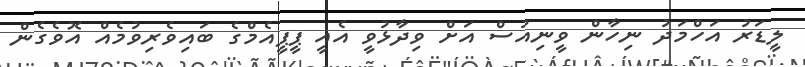
ލީޑަރު އަހްމަދު ނިހާން ވީނިއުސް އަށް ވިދާޅުވީ އެއީ ޕީޕީއެމްގެ ބައިވެރިވުމެެއް އޮވެގެން